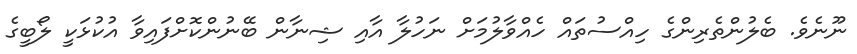
ނޫނެވެ. ބެލުންތެރިންގެ ހިއްސުތައް ހެއްވާލުމަށް ނަހުލާ އާއި ޝިނާން ބޭނުންކޮށްފައިވާ އުކުޅަކީ ލޯބީގެ